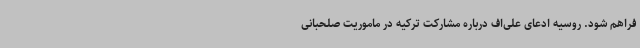
فراهم شود. روسیه ادعای علی‌اف درباره مشارکت ترکیه در ماموریت صلحبانی